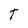
Character: T